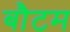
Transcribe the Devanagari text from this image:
बौटम